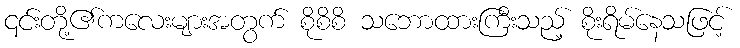
၎င်းတို့၏ကလေးများအတွက် စိုစိစိ သဘောထားကြီးသည့် စိုးရိမ်နေသဖြင့်